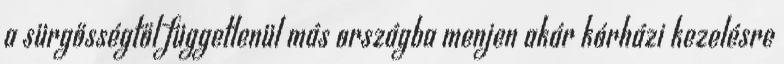
a sürgősségtől függetlenül más országba menjen akár kórházi kezelésre